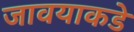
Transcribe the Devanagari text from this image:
जावयाकडे